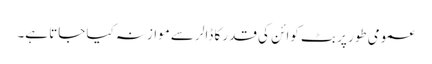
عمومی طور پر بٹ کوائن کی قدر کا ڈالر سے موازنہ کیا جاتا ہے۔